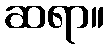
ဆရာ။